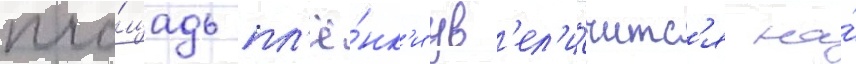
пло́щадь пл'ё́нк'и ув'ел'и́читс'я на́